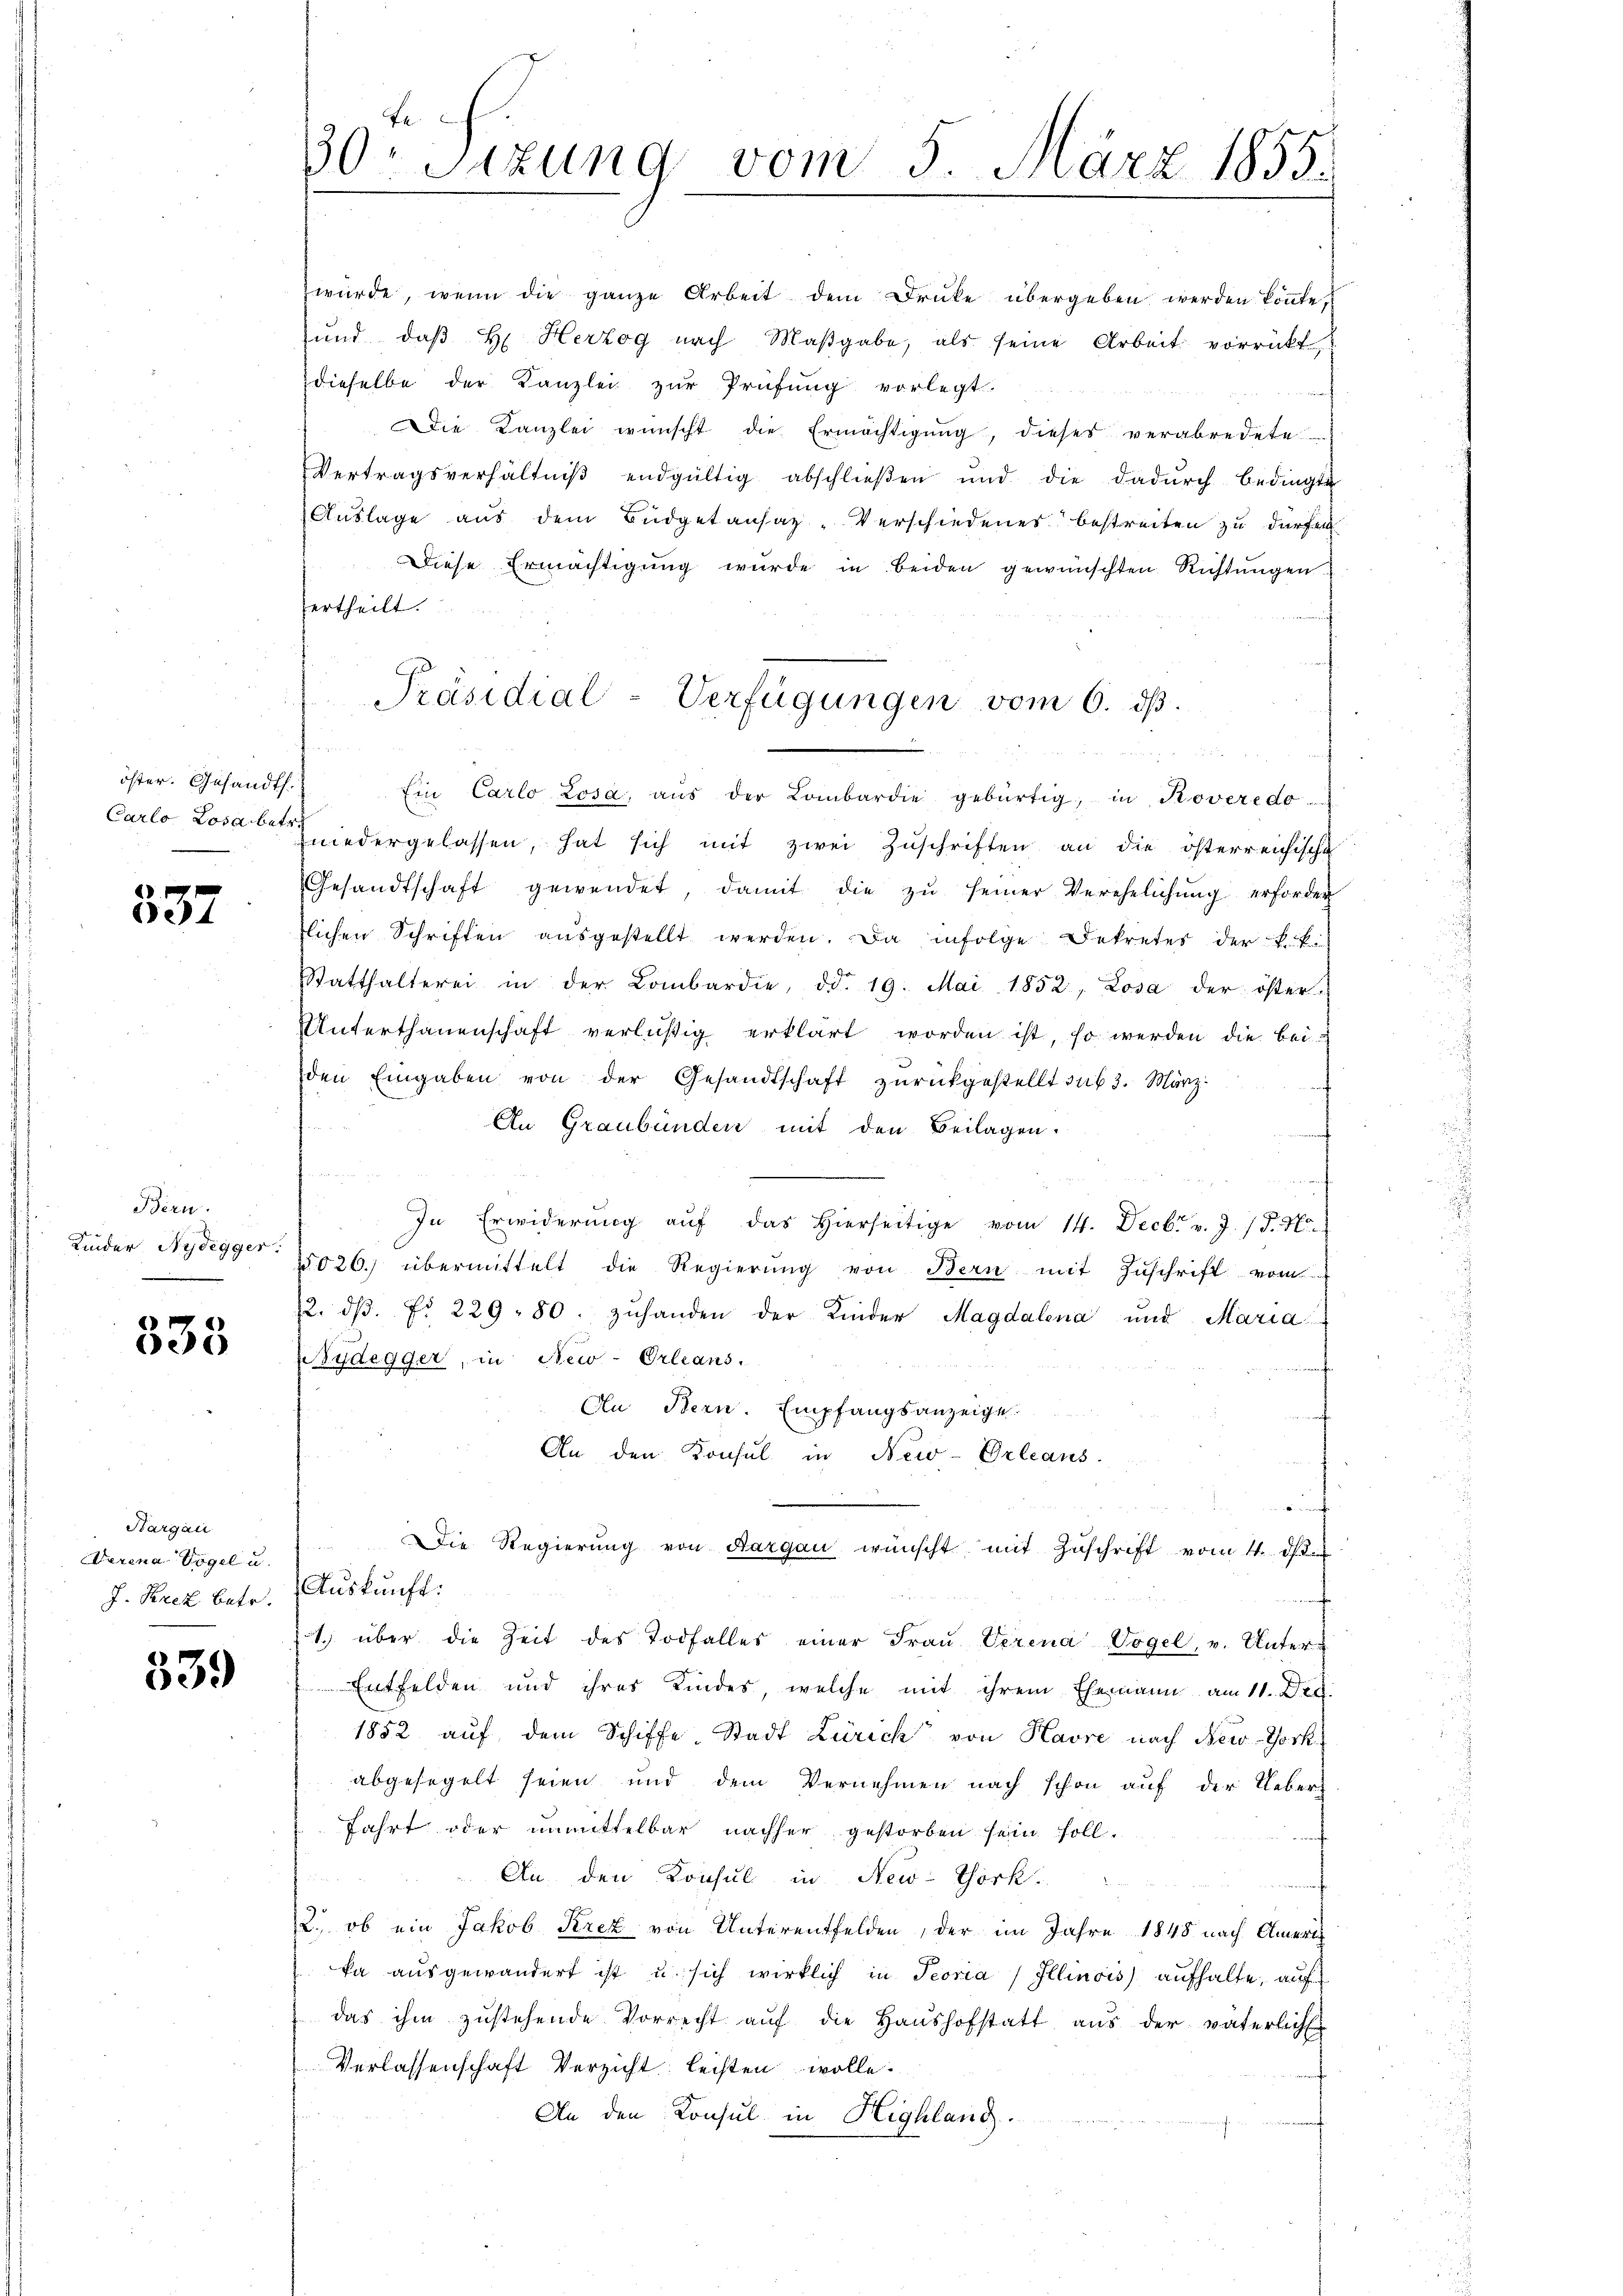
öster. Gesandth.

10
057

Bern.
Kinder Nydegger.

e
5

Hargau
Verena Vogel u.
J. Prez betr.

1
609

30. Sizung vom 5. März 1855.

würde, wenn die ganze Arbeit dem Druke übergeben werden könnte,
und, daβ H. Herzog nach Maβgabe, als seine Arbeit vorrückt,
dieselbe der Kanzlei zur Prüfung vorlegt.
Die Kanzlei wünscht die Ermächtigŭng, dieses verabredete
Vertragsverhältniβ endgültig abschlieβen ŭnd die dadŭrch bedingte
Auslage aus dem Büdgetansaz-Verschiedenes bestreiten zu dürfen
Diese Ermächtigung wurde in beiden gewünschten Richtungen
ertheilt.

Ein Carlo Losa, aŭs der Lombardie gebürtig, in Roveredo
Carlo Losa beschiedergelassen, hat sich mit zwei Zŭschriften an die österreichische
Gesandtschaft gewendet, damit die zŭ seiner Verehelichŭng erforder
tlichen Schriften aŭsgestellt werden. Da infolge Dekretes der k.k.
Statthalterei in der Lombardie, dd. 19. Mai 1852, Losa der öster-
Unterthanenschaft verlustig erklärt worden ist, so werden die beiden Eingaben von der Gesandtschaft zurückgestellt sub 3. März.
An Graubünden mit den Beilagen.
n
In Erwiderung auf das hierseitige vom 14. Decbr. v. J. J. H.
026.) übermittelt die Regierŭng von Bern mit Zŭschrift vom
12. dβ. Nr. 229. 80. zuhanden der Kinder Magdalena und Maria
ydegger, in New-Orleans
An Bern. Empfangsanzeige
An den Konsul in New-Orleans
u
Die Regierŭng von Aargau wünscht mit Zŭschrift vom 4. d.
Auskunft:
1) über die Zeit des Todfalles einer Fraŭ Verena Vogel, v. Unter-
Entfelden und ihres Kindes, welche mit ihrem Ehemann am 11. Dec.
1882 aŭf dem Schiffe Stadt Zürich von Havre nach New-York
abgesegelt seien und dem Vernehmen nach schon auf der Ueber-
fahrt oder unmittelbar nachher gestorben sein soll.
t
An den Konsul in New-York.
f
2., ob ein Jakob Krez von Unterentfelden, der im Jahre 1848 nach Americh
ka aŭsgewandert ist u. sich wirklich in Peoria / Illinois aŭfhalte, auf
das ihm zŭstehende Vorrecht aŭf die Haŭshofstatt aus der väterlich
Verlassenschaft Verzicht leisten wolle.
An den Konsul in Highlang.

Präsidial-Verfügungen vom 6. ds.